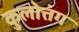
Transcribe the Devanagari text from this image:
कुलोत्तंग